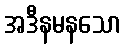
အဒီနမနသော